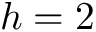
h = 2